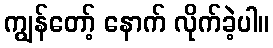
ကျွန်တော့် နောက် လိုက်ခဲ့ပါ။